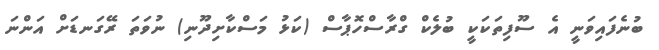
ބުނެފައިވަނީ އެ ސޫފިތަކަކީ ބުލެކް ގްރާސްހޮޕާސް (ކަޅު މަސްކާށިދޫނި) ނުވަތަ ރޭގަނޑަށް އަންނަ